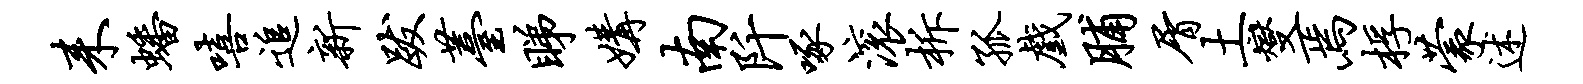
耒蟠嘻追新跋薹睇媾南阡啄滚柝孤戏脯屑土燮焉桴蒙述